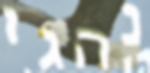
נהגו